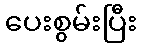
ပေးစွမ်းပြီး